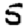
Digit: 5